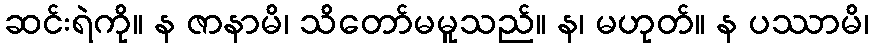
ဆင်းရဲကို။ န ဇာနာမိ၊ သိတော်မမူသည်။ န၊ မဟုတ်။ န ပဿာမိ၊